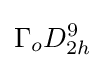
\Gamma _{o}D_{2h}^{9}